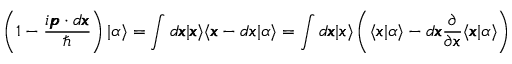
\left( 1 - \frac { i \pmb { p } \cdot d \pmb { x } } { \hbar } \right) | \alpha \rangle = \int { d \pmb { x } | \pmb { x } \rangle } \langle \pmb { x } - d \pmb { x } | \alpha \rangle = \int { d \pmb { x } | \pmb { x } \rangle } \left( \langle \pmb { x } | \alpha \rangle - d \pmb { x } \frac { \partial } { \partial \pmb { x } } \langle \pmb { x } | \alpha \rangle \right)